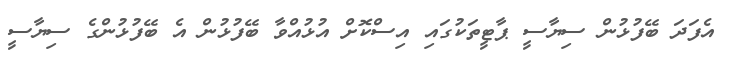
އެފަދަ ބޭފުޅުން ސިޔާސީ ޕާޓީތަކުގައި އިސްކޮށް އުޅުއްވާ ބޭފުޅުން އެ ބޭފުޅުންގެ ސިޔާސީ